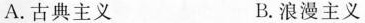
A. 古典主义 B. 浪漫主义